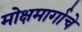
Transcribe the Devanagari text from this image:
मोक्षमार्गाचे